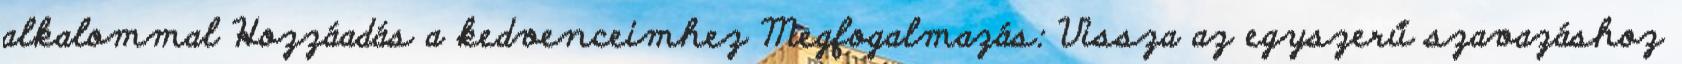
alkalommal Hozzáadás a kedvenceimhez Megfogalmazás: Vissza az egyszerű szavazáshoz